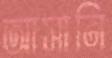
আসানি